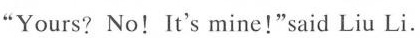
"Yours? No!It's mine!"said Liu Li.